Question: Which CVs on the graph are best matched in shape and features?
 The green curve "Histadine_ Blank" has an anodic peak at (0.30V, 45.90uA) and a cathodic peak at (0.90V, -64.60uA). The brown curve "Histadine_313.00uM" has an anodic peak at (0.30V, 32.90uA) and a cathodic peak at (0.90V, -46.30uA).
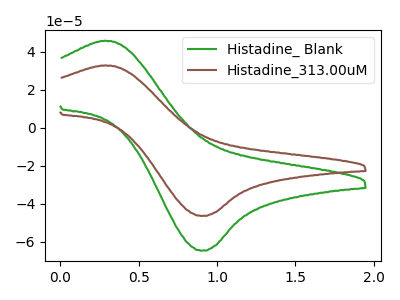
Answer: <think>All the peaks in "Histadine_ Blank" have a peak in "Histadine_313.00uM" at the same potential. Every peak in "Histadine_ Blank" is higher than every peak in "Histadine_313.00uM".
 </think>
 <answer>"Histadine_313.00uM" and "Histadine_ Blank" have the same shape and are likely CV's of the same chemical.</answer>
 <eval>"Histadine_313.00uM" "Histadine_ Blank"</eval>